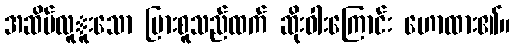
အဆိပ်လူူးသော မြားစူသည်ထက် ဆိုးဝါးကြောင်း ဟောထား၏။